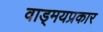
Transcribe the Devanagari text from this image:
वाड्मयप्रकार